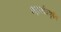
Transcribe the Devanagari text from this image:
शब्दार्थप्रकृति